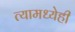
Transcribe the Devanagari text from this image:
त्यामध्येही